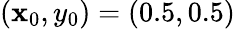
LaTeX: (\mathbf{x}_{0},y_{0})=(0.5,0.5)